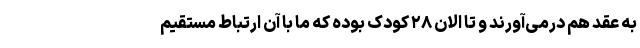
به عقد هم درمی‌آورند و تا الان ۲۸ کودک بوده که ما با آن ارتباط مستقیم